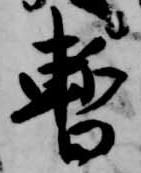
暫